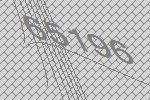
65196